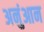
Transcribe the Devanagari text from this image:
अनुंआन